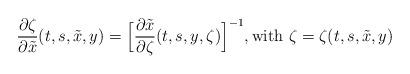
LaTeX: \begin{align*}\frac{\partial\zeta}{\partial \tilde{x}}(t,s,\tilde{x},y)=\Big[\frac{\partial \tilde{x}}{\partial\zeta}(t,s,y,\zeta)\Big]^{-1},{\rm with}\ \zeta=\zeta(t,s,\tilde{x},y)\end{align*}